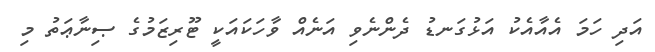
އަދި ހަމަ އެއާއެކު އަޅުގަނޑު ދެންނެވި އަނެއް ވާހަކައަކީ ޓޫރިޒަމުގެ ޞިނާޢަތު މި